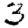
Digit: 3